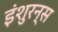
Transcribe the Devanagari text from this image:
इंशुरन्स